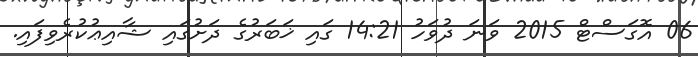
06 އޮގަސްޓް 2015 ވަނަ ދުވަހު 14:21 ގައި ޚަބަރުގެ ދަށުގައި ޝާއިޢުކުރެވިފައި.